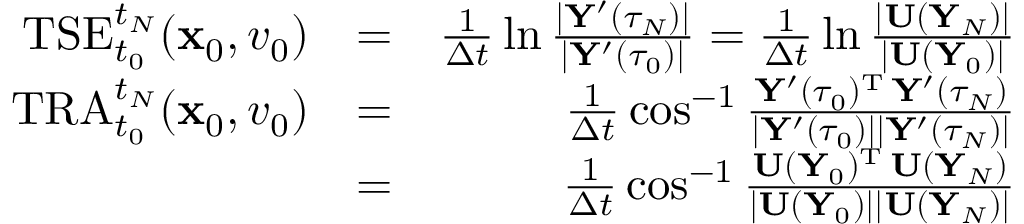
\begin{array} { r l r } { \mathrm { T S E } _ { t _ { 0 } } ^ { t _ { N } } ( { \mathbf x } _ { 0 } , v _ { 0 } ) } & { = } & { \frac { 1 } { \Delta t } \ln \frac { | { \mathbf Y } ^ { \prime } ( \tau _ { N } ) | } { | { \mathbf Y } ^ { \prime } ( \tau _ { 0 } ) | } = \frac { 1 } { \Delta t } \ln \frac { | { \mathbf U } ( { \mathbf Y } _ { N } ) | } { | { \mathbf U } ( { \mathbf Y } _ { 0 } ) | } } \\ { \mathrm { T R A } _ { t _ { 0 } } ^ { t _ { N } } ( { \mathbf x } _ { 0 } , v _ { 0 } ) } & { = } & { \frac { 1 } { \Delta t } \cos ^ { - 1 } \frac { { \mathbf Y } ^ { \prime } ( \tau _ { 0 } ) ^ { { \mathrm T } } \, { \mathbf Y } ^ { \prime } ( \tau _ { N } ) } { | { \mathbf Y } ^ { \prime } ( \tau _ { 0 } ) | | { \mathbf Y } ^ { \prime } ( \tau _ { N } ) | } } \\ & { = } & { \frac { 1 } { \Delta t } \cos ^ { - 1 } \frac { { \mathbf U } ( { \mathbf Y } _ { 0 } ) ^ { { \mathrm T } } \, { \mathbf U } ( { \mathbf Y } _ { N } ) } { | { \mathbf U } ( { \mathbf Y } _ { 0 } ) | | { \mathbf U } ( { \mathbf Y } _ { N } ) | } } \end{array}